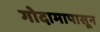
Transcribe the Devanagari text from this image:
गोदामापासून